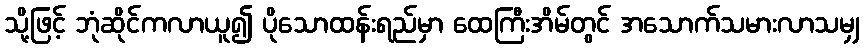
သို့ဖြင့် ဘုံဆိုင်ကလာယူ၍ ပိုသောထန်းရည်မှာ ထေကြီးအိမ်တွင် အသောက်သမားလာသမျှ